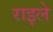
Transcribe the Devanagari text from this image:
राइले